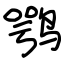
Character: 鹗